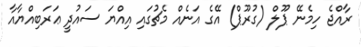
ރާއްޖެ ހިމެނޭ ޕޫލް (ގުރޫޕް) އޭގެ އަނެއް މެޗުގައި އިއްޔަ ސައުދީ ޢަރަބިއްޔާއާ